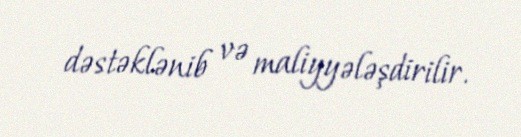
dəstəklənib və maliyyələşdirilir.